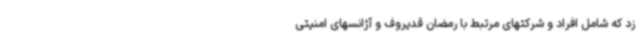
زد که شامل افراد و شرکتهای مرتبط با رمضان قدیروف و آژانسهای امنیتی